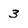
Character: 3